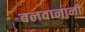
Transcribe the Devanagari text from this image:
बलवानानी